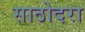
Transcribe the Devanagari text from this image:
साठोदरा